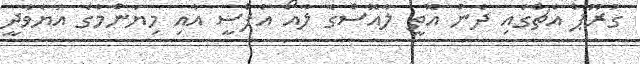
ގުރޫޕް އެޗްގައި ދެން އޮތީ ލާއޮސްގެ ލާއޯ އެފްސީ އާއި މިޔަންމާގެ އަޔެވާދީ